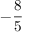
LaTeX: - { \frac { 8 } { 5 } }